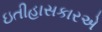
ઇતીહાસકારએ